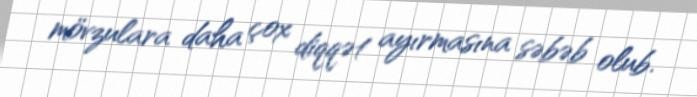
mövzulara daha çox diqqət ayırmasına səbəb olub.